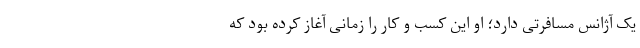
یک آژانس مسافرتی دارد؛ او این کسب و کار را زمانی آغاز کرده بود که